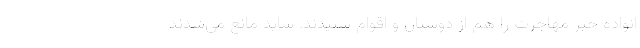
انواده خبر مهاجرت را هم از دوستان و اقوام شنیدند. شاید مانع می‌شدند